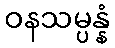
ဝနသမ္ပန္နံ